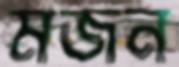
মজন